Vaccination in Bombay 1869-1873 - 1869-1873
Year: 1869
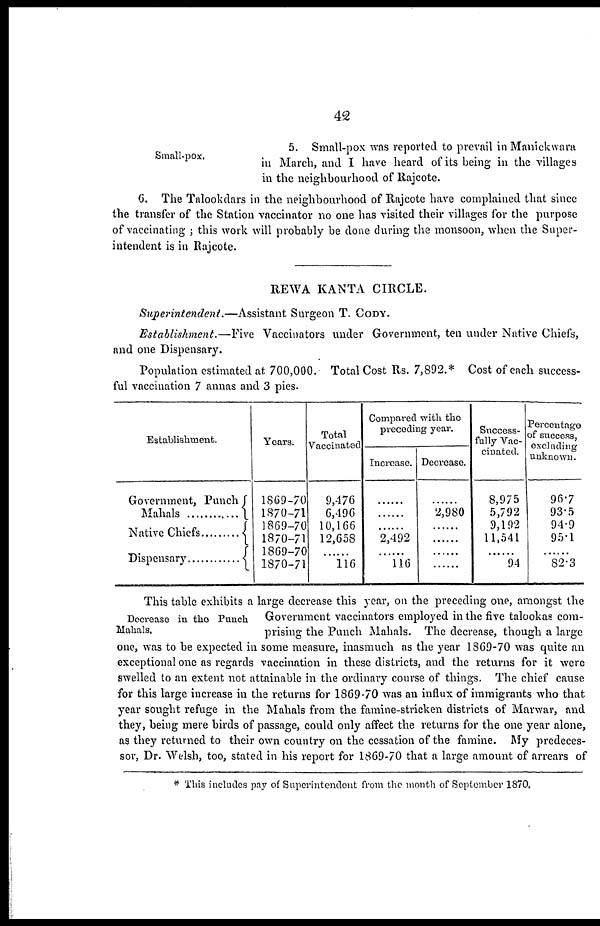
42
Small-pox.
5. Small-pox was reported to prevail in Manickwara
in March, and I have heard of its being in the villages
in the neighbourhood of Rajcote.
6. The Talookdars in the neighbourhood of Rajcote have complained that since
the transfer of the Station vaccinator no one has visited their villages for the purpose
of vaccinating ; this work will probably be done during the monsoon, when the Super-
intendent is in Rajcote.
REWA KANTA CIRCLE.
Superintendent.—Assistant
Surgeon T. CODY.
Establishment.—Five
Vaccinators under Government, ten under Native Chiefs,
and one Dispensary.
Population estimated at 700,000. Total Cost Rs. 7,892.* Cost of each success-
ful vaccination 7 annas and 3 pies.
Establishment.
Government, Punch
Mahals
Native Chiefs
Dispensary ..............
Years.
1869-70
1870-71
1869-70
1870-71
1869-70
1870-71
Total
Vaccinated.
9,476
6,496
10,166
12,658
......
116
Compared with the
preceding year.
Increase.
......
......
......
2,492
......
116
Decrease.
......
2,980
......
......
......
......
Success-
fully Vac-
cinated.
8,975
5,792
9,192
11,541
......
94
Percentage
of success,
excluding
unknown.
96.7
93.5
94.9
95.1
......
82.3
Decrease in the Punch
Mahals.
This table exhibits a large decrease this year, on the preceding one, amongst the
Government vaccinators employed in the five talookas com-
prising the Punch Mahals. The decrease, though a large
one, was to be expected in some measure, inasmuch as the year 1869-70 was quite an
exceptional one as regards vaccination in these districts, and the returns for it were
swelled to an extent not attainable in the ordinary course of things. The chief cause
for this large increase in the returns for 1869-70 was an influx of immigrants who that
year sought refuge in the Mahals from the famine-stricken districts of Marwar, and
they, being mere birds of passage, could only affect the returns for the one year alone,
as they returned to their own country on the cessation of the famine. My predeces-
sor, Dr. Welsh, too, stated in his report for 1869-70 that a large amount of arrears of
* This includes pay of Superintendent from the month of September 1870.